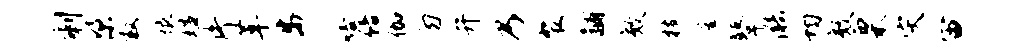
剩梁救恨媪片革步嗒倍伽勿弁乃裴黼效枝金鼙漪均效栗灾宙